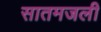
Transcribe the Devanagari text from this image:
सातमजली